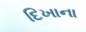
દિખાના